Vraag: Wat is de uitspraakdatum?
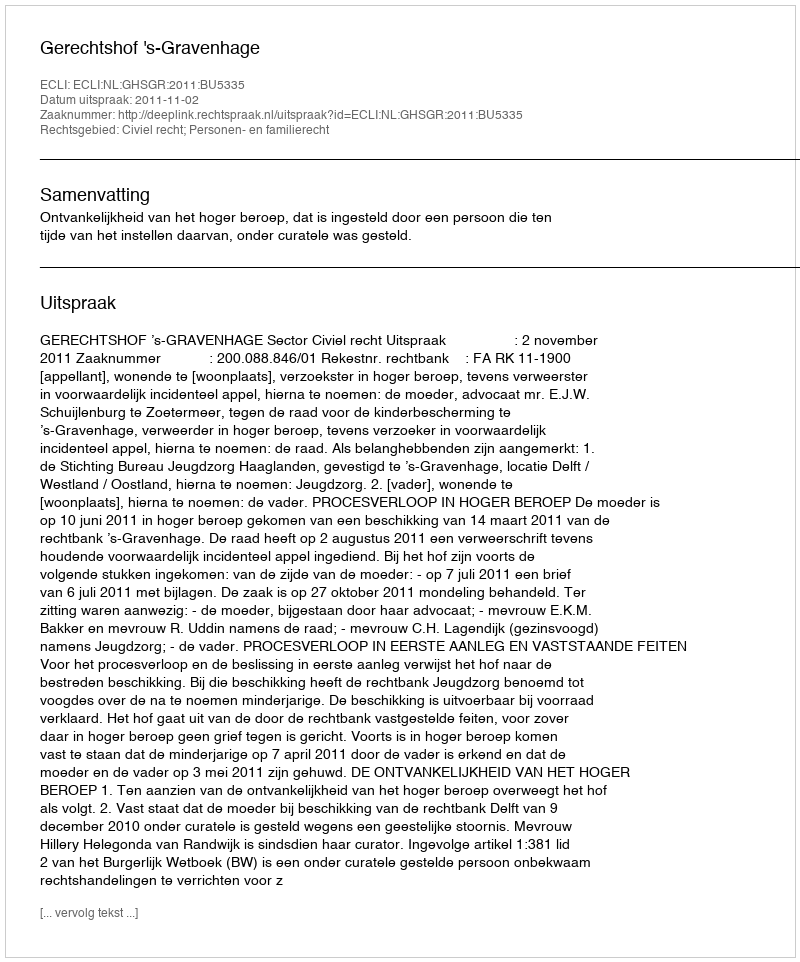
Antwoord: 2011-11-02